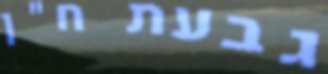
גבעת ח"ן